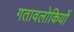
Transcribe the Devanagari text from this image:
गतावलोकियों